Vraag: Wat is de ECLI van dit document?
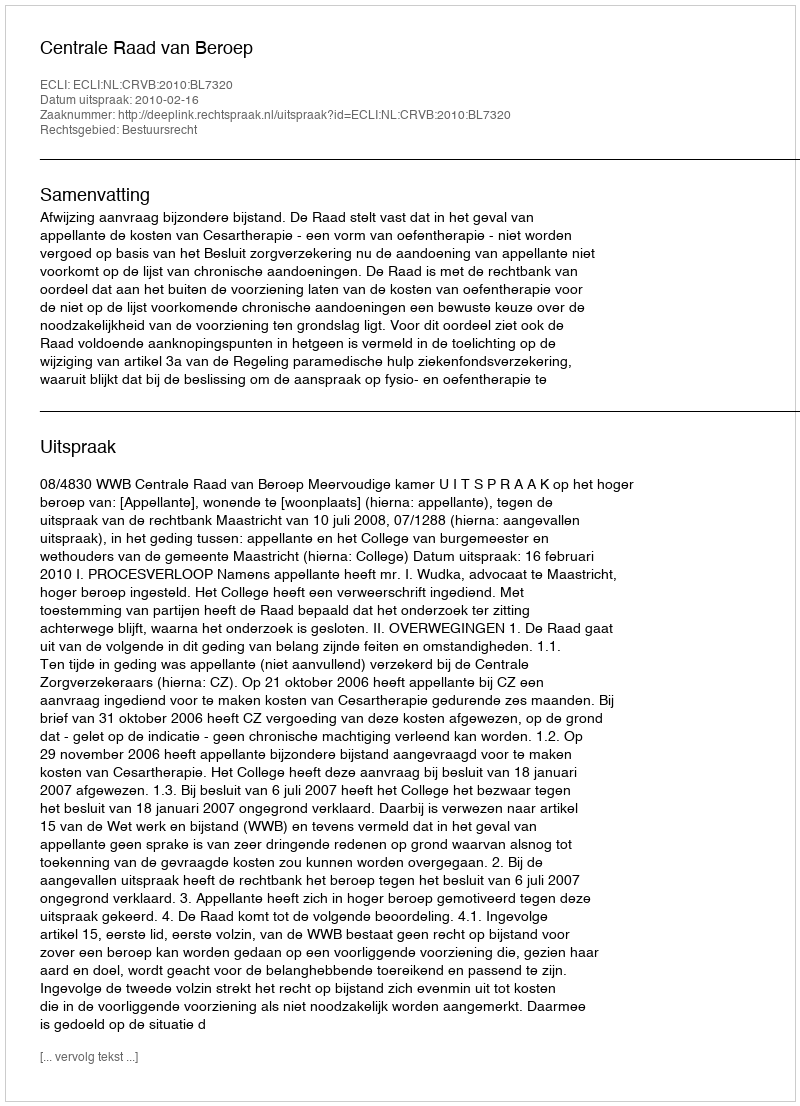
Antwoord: ECLI:NL:CRVB:2010:BL7320